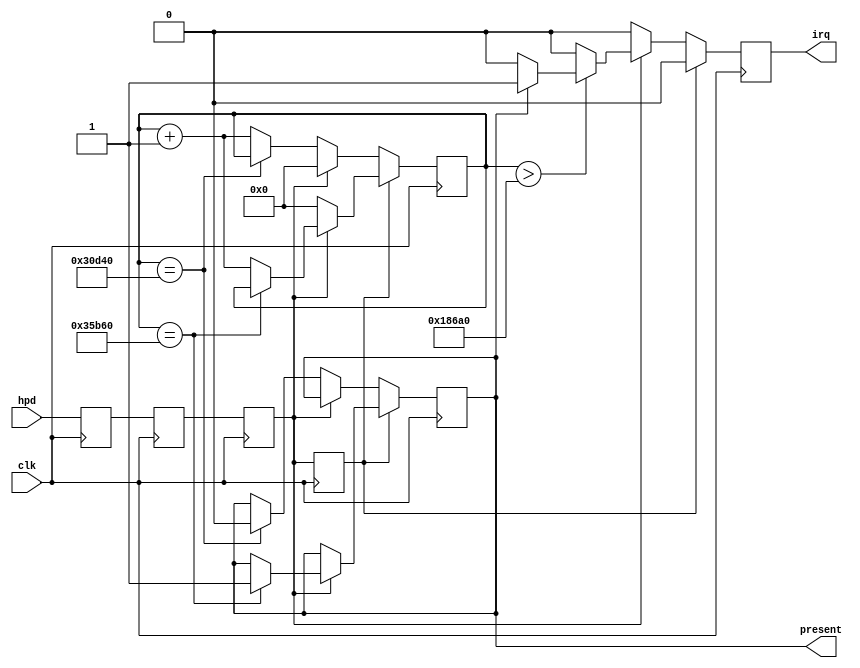
///////////////////////////////////////////////////////////////////////////////
// ./src/auxch/hotplug_decode.v : 
//
//
// Part of the DisplayPort_Verlog project - an open implementation of the 
// DisplayPort protocol for FPGA boards. 
//
// See https://github.com/hamsternz/DisplayPort_Verilog for latest versions.
//
///////////////////////////////////////////////////////////////////////////////
// Version |  Notes
// ----------------------------------------------------------------------------
//   1.0   | Initial Release
//
///////////////////////////////////////////////////////////////////////////////
//
// MIT License
// 
// Copyright (c) 2019 Mike Field
// 
// Permission is hereby granted, free of charge, to any person obtaining a copy
// of this software and associated documentation files (the "Software"), to deal
// in the Software without restriction, including without limitation the rights
// to use, copy, modify, merge, publish, distribute, sublicense, and/or sell
// copies of the Software, and to permit persons to whom the Software is
// furnished to do so, subject to the following conditions:
// 
// The above copyright notice and this permission notice shall be included in all
// copies or substantial portions of the Software.
// 
// THE SOFTWARE IS PROVIDED "AS IS", WITHOUT WARRANTY OF ANY KIND, EXPRESS OR
// IMPLIED, INCLUDING BUT NOT LIMITED TO THE WARRANTIES OF MERCHANTABILITY,
// FITNESS FOR A PARTICULAR PURPOSE AND NONINFRINGEMENT. IN NO EVENT SHALL THE
// AUTHORS OR COPYRIGHT HOLDERS BE LIABLE FOR ANY CLAIM, DAMAGES OR OTHER
// LIABILITY, WHETHER IN AN ACTION OF CONTRACT, TORT OR OTHERWISE, ARISING FROM,
// OUT OF OR IN CONNECTION WITH THE SOFTWARE OR THE USE OR OTHER DEALINGS IN THE
// SOFTWARE.
//
///////////////////////////////////////////////////////////////////////////////
//
// Want to say thanks?
//
// This design has taken many hours - 3 months of work for the initial VHDL
// design, and another month or so to convert it to Verilog for this release.
//
// I'm more than happy to share it if you can make use of it. It is released
// under the MIT license, so you are not under any onus to say thanks, but....
//
// If you what to say thanks for this design either drop me an email, or how about
// trying PayPal to my email (hamster@snap.net.nz)?
//
//  Educational use - Enough for a beer
//  Hobbyist use    - Enough for a pizza
//  Research use    - Enough to take the family out to dinner
//  Commercial use  - A weeks pay for an engineer (I wish!)
//
///////////////////////////////////////////////////////////////////////////////
`timescale 1ns / 1ps

module hotplug_decode(
    input  clk,
    input  hpd,
    output reg irq,
    output reg present
);

   reg hpd_meta1;   // TODO Should also set ASYNC_REG
   reg hpd_meta2;   // TODO Should also set ASYNC_REG
   reg hpd_synced;
   reg hpd_last;

   reg [17:0] pulse_count;


initial begin
    hpd_meta1    = 1'b0;
    hpd_meta2    = 1'b0;
    hpd_synced   = 1'b0;
    hpd_last     = 1'b1;
    pulse_count  = 18'b0;
    present      = 1'b0;
    irq          = 1'b0;
end 

always @(posedge clk) begin
    irq <= 1'b0;
    if(hpd_last == 1'b0) begin
        if(hpd_synced == 1'b0) begin
            if(pulse_count == 200000) begin  // TODO - should not be a constant!
                //--------------------------------
                // Sink has gone away for over 2ms
                // No longer present
                //--------------------------------
                present <= 1'b0;
            end else begin
                pulse_count <= pulse_count + 1;
            end
        end else begin
            //----------------------------------------
            // Timing the pulse to see if it is an IRQ
            //----------------------------------------
            if(pulse_count > 100000) begin  // TODO - should not be a constant!
                //-----------------------------------
                // Signal is back, but less than 2ms
                // so signal an IRQ...
                //-----------------------------------
                if(present == 1'b1) begin
                  irq <= present;
                end
            end
            pulse_count = 18'b0;
        end
    end else begin
        if(hpd_synced == 1'b0) begin
            pulse_count = 18'b0;            // Flip to other state
        end else begin
            if(pulse_count == 220000) begin
                present <= 1'b1;                // Pulse seen long enough to be valid
            end else begin
                pulse_count <= pulse_count + 1; // Time till the signal is valid for > 2ms
            end
        end
    end
    hpd_last   <= hpd_synced;
    hpd_synced <= hpd_meta1;
    hpd_meta1  <= hpd_meta2;
    hpd_meta2  <= hpd;
end
endmodule